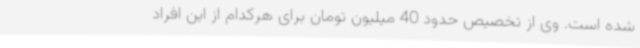
شده است. وی از تخصیص حدود 40 میلیون تومان برای هرکدام از این افراد